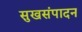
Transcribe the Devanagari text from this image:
सुखसंपादन